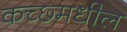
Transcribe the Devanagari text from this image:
कच्छ्मधील